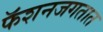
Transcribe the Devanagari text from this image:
फॅशनजगतात